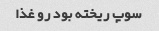
سوپ ریخته بود رو غذا